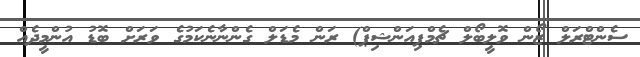
ސެންޓްރަލް ޒޯން ވޮލީބޯލް ޗެމްޕިއަންޝިޕް) ރަން މެޑަލް ގެންނާނެކަމުގެ ވަރަށް ބޮޑު އުންމީދެއް